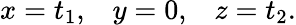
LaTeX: x=t_{1},\; \; \; y=0,\; \; \; z=t_{2}.